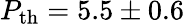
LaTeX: P_{\mathrm{th}}=5.5\pm 0.6